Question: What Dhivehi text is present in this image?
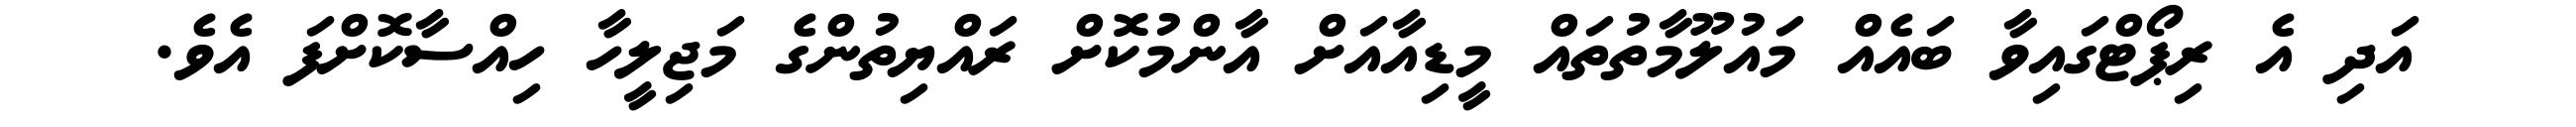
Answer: އަދި އެ ރިޕޯޓްގައިވާ ބައެއް މައުލޫމާތުތައް މީޑިއާއަށް އާންމުކޮށް ރައްޔިތުންގެ މަޖިލީހާ ހިއްސާކޮށްފަ އެވެ.